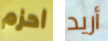
احزم أريد